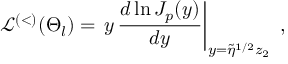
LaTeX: { \mathcal L } ^ { ( < ) } ( \Theta _ { l } ) = \left. y \, \frac { d \ln J _ { p } ( y ) } { d y } \right| _ { y = \widetilde { \eta } ^ { 1 / 2 } z _ { 2 } } \; ,